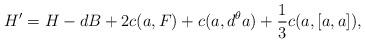
LaTeX: \begin{align*} H' = H -dB+2c(a,F) + c(a,d^\theta a) +\frac{1}{3} c(a,[a,a]),\end{align*}